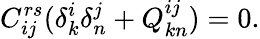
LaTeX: C_{ij}^{rs}(\delta_{k}^{i}\delta_{n}^{j}+Q_{kn}^{ij})=0.